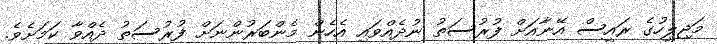
މަޖިލީހުގެ ރައީސް އޭނާއަށް ފުރުސަތު ނުދެއްވައި އެހެން މެންބަރުންނަށް ފުރުސަތު ދެއްވާ ކަމަށެވެ.